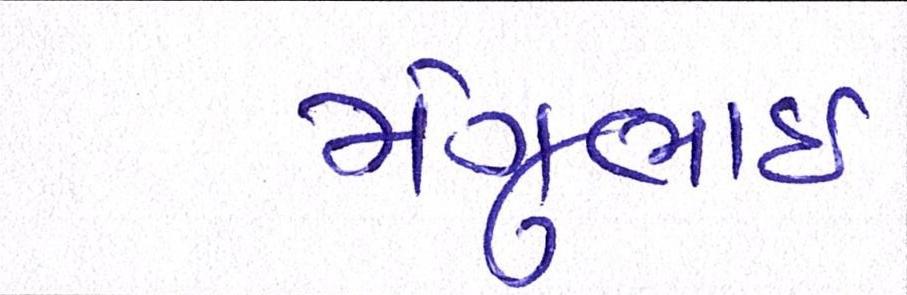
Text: મંગુભાઇ